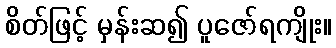
စိတ်ဖြင့် မှန်းဆ၍ ပူဇော်ရကျိုး။